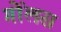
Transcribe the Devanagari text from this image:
गोंलस